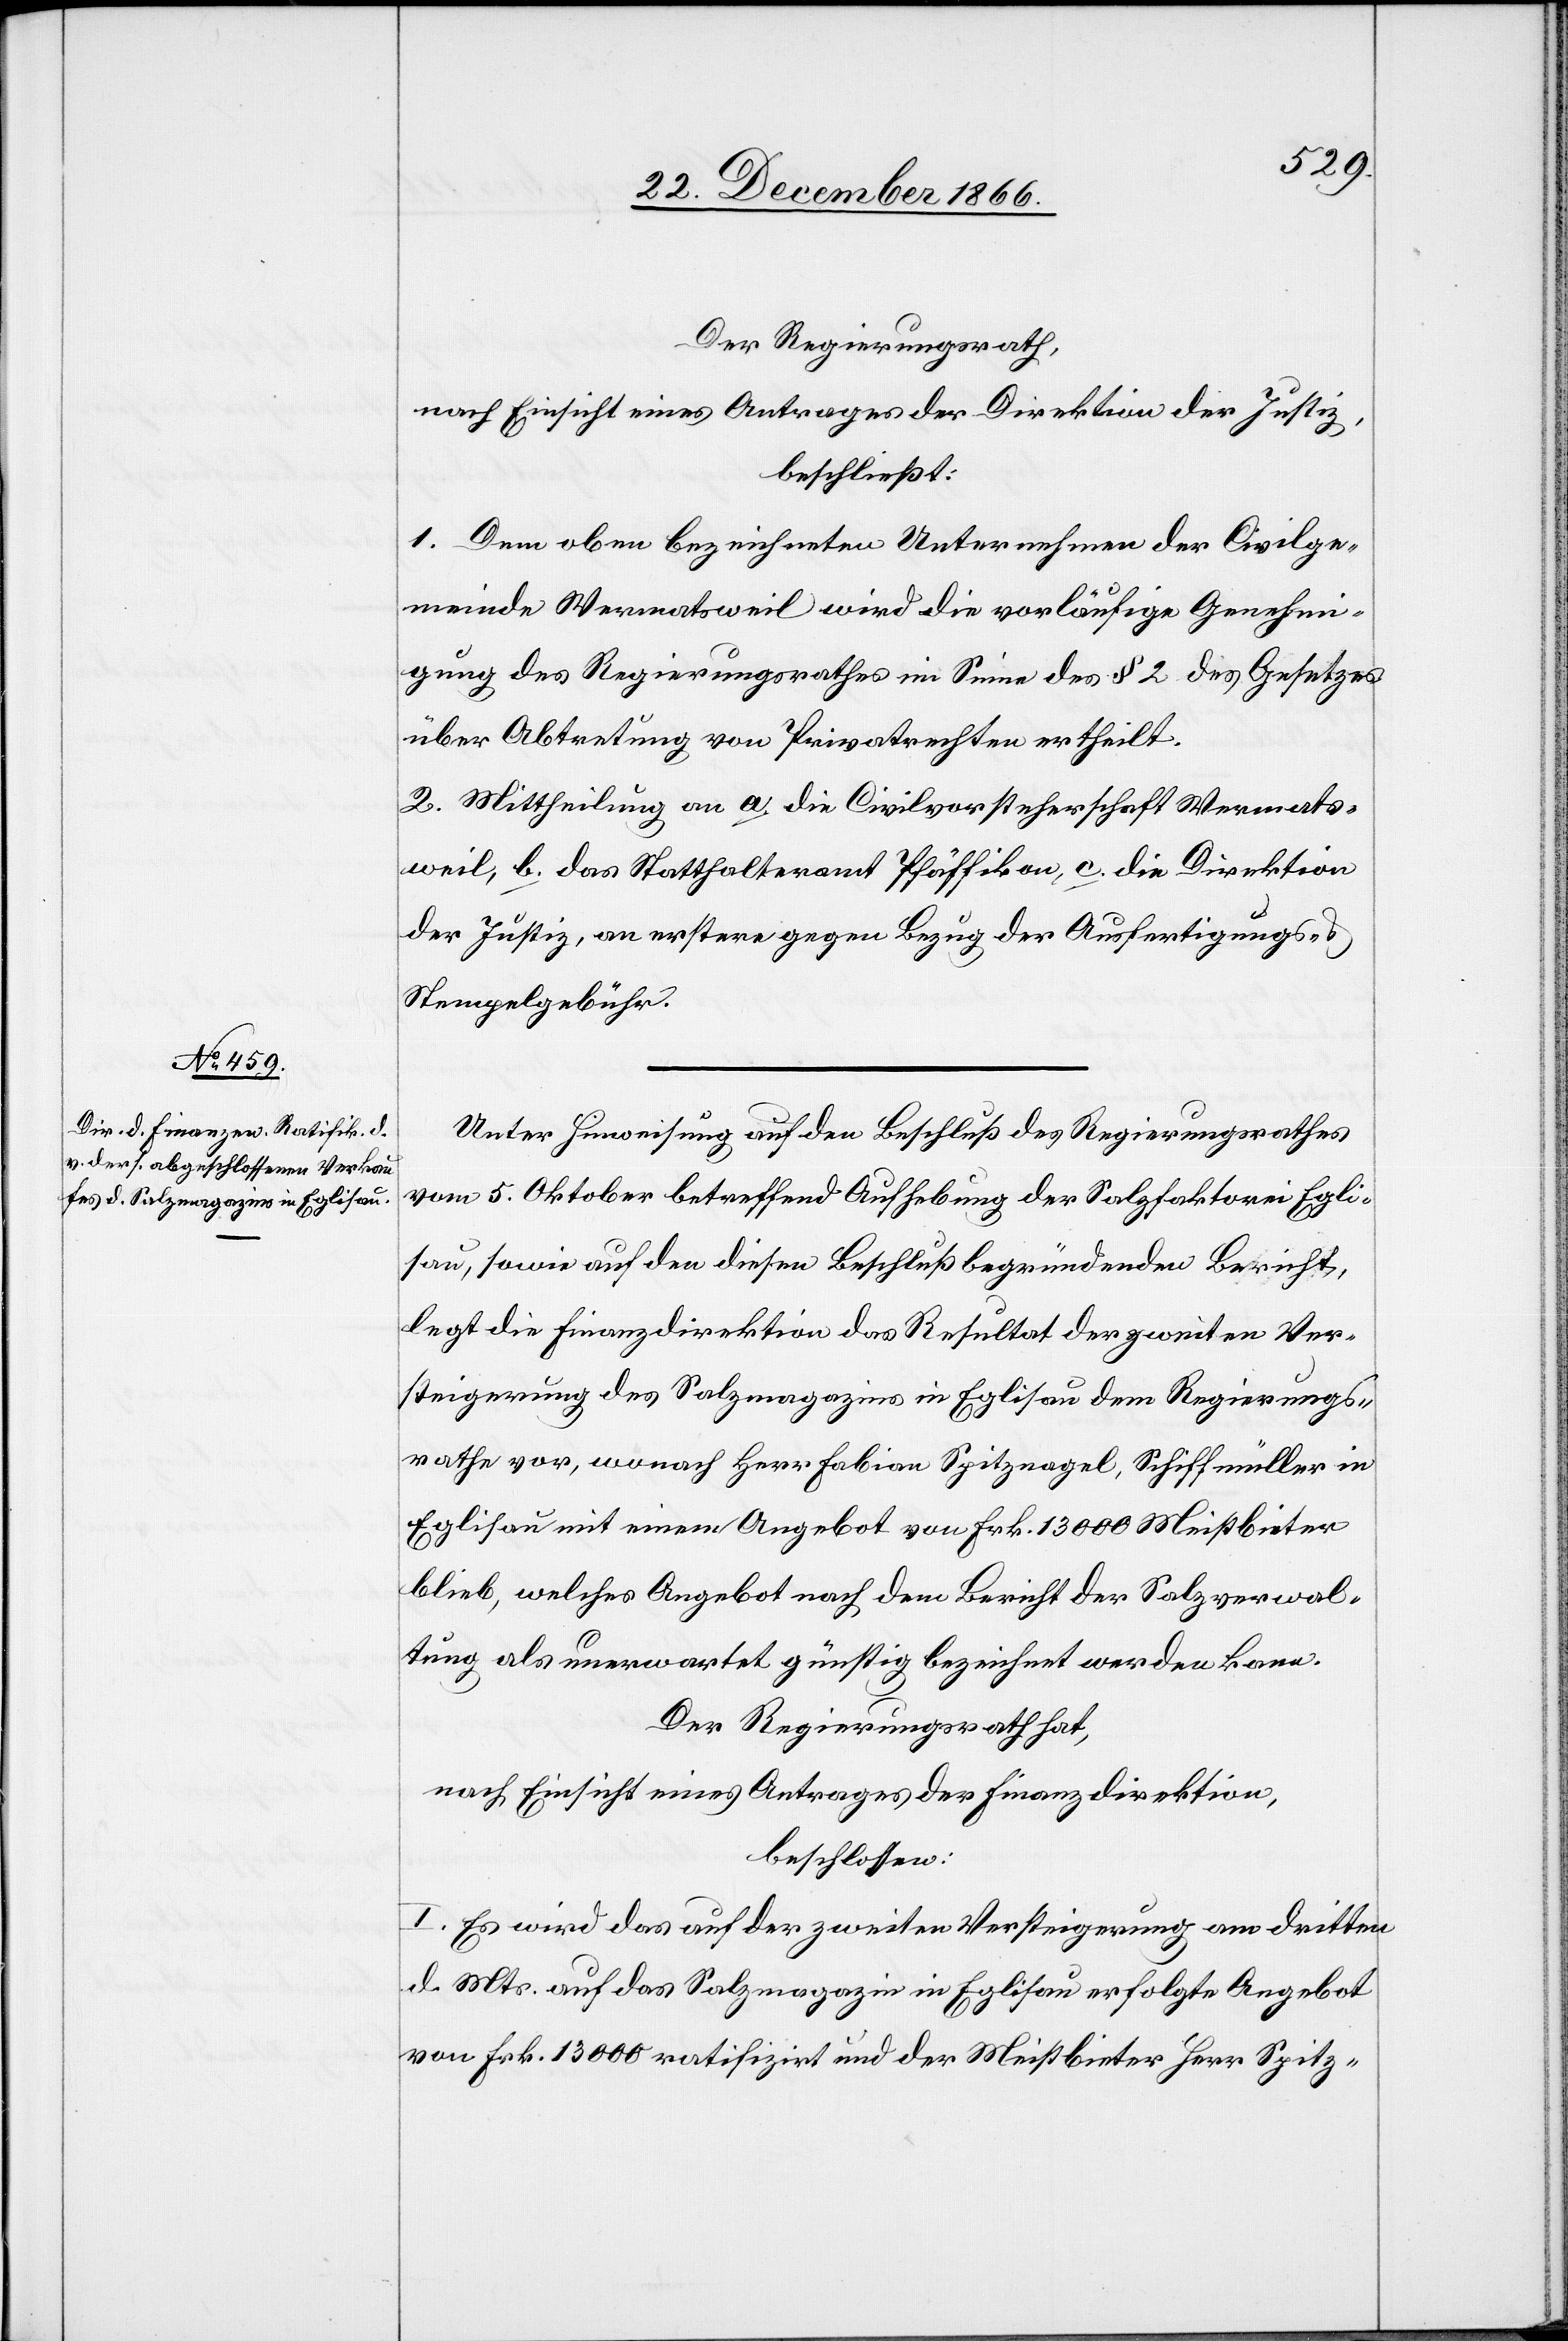
Der Regierungsrath,
nach Einsicht eines Antrages der Direktion der Justiz,
beschließt:
1. Dem oben bezeichneten Unternehmen der Civilge¬
meinde Wermatsweil wird die vorläufige Genehmi¬
gung des Regierungsrathes im Sinne des § 2 des Gesetzes
über Abtretung von Privatrechten ertheilt.
2. Mittheilung an a. die Civilvorsteherschaft Wermats¬
weil, b. das Statthalteramt Pfäffikon, c. die Direktion
der Justiz, an erstere gegen Bezug der Ausfertigungs-
Stempelgebühr.
Unter Hinweisung auf den Beschluß des Regierungsrathes
vom 5. Oktober betreffend Aufhebung der Salzfaktorei Egli¬
sau, sowie auf den diesen Beschluß begründenden Bericht,
legt die Finanzdirektion das Resultat der zweiten Ver¬
steigerung des Salzmagazins in Eglisau dem Regierungs¬
rathe vor, wonach Herr Fabian Spitznagel, Schiffmüller in
Eglisau mit einem Angebot von Frk. 13 000 Meistbieter
blieb, welches Angebot nach dem Bericht der Salzverwal¬
tung als unerwartet günstig bezeichnet werden kann.
Der Regierungsrath hat,
nach Einsicht eines Antrages der Finanzdirektion,
beschlossen:
I. Es wird das auf der zweiten Versteigerung am dritten
d. Mts. auf das Salzmagazin in Eglisau erfolgte Angebot
von Frk. 13 000 ratifizirt und der Meistbieter Herr Spitz-